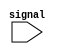
module conditional_example(
    input wire signal
);

initial begin
    if(signal == 1) begin
        $display("Signal is high");
    end
    else begin
        $display("Signal is low");
    end
end

endmodule